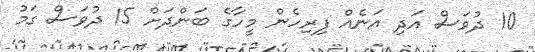
10 ދުވަސް އަދި އަނެއް ފިރިހެން މީހާގެ ބަންދަށް 15 ދުވަސް ގަމު